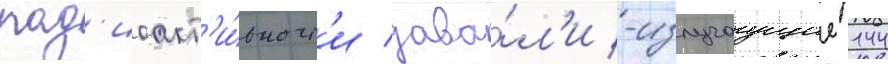
рад'иоакт'и́вност'и дава́л'и -излучаущие 144